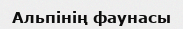
Альпінің фаунасы